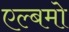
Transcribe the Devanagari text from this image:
एल्बमो